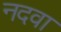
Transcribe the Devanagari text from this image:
नदवा